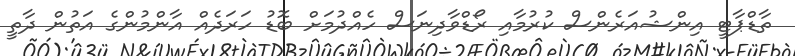
ތާޑްޕާޓީ އިންޝުއަރެންސް ކުރުމާއި ރޯޑްވާދިނަސް ހެއްދުމަށް ބޮޑު ހަރަދެއް އާންމުންގެ އަތުން ދާތީ